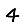
Digit: 4